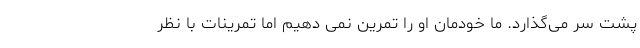
پشت سر می‌گذارد. ما خودمان او را تمرین نمی دهیم اما تمرینات با نظر